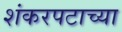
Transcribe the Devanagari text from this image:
शंकरपटाच्या